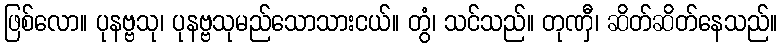
ဖြစ်လော။ ပုနဗ္ဗသု၊ ပုနဗ္ဗသုမည်သောသားငယ်။ တွံ၊ သင်သည်။ တုဏှီ၊ ဆိတ်ဆိတ်နေသည်။